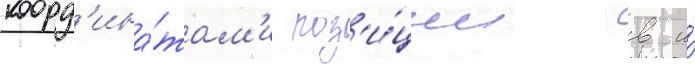
коорд'ина́там'и поз'и́ции в и́